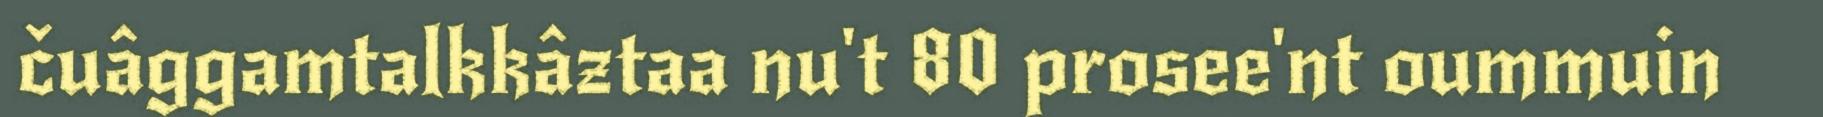
čuâggamtalkkâztaa nu't 80 prosee'nt oummuin